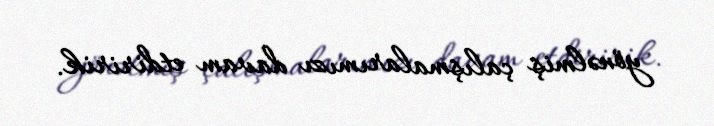
yönəlmiş çalışmalarımızı davam etdiririk.